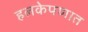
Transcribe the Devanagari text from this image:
हलकेपणात